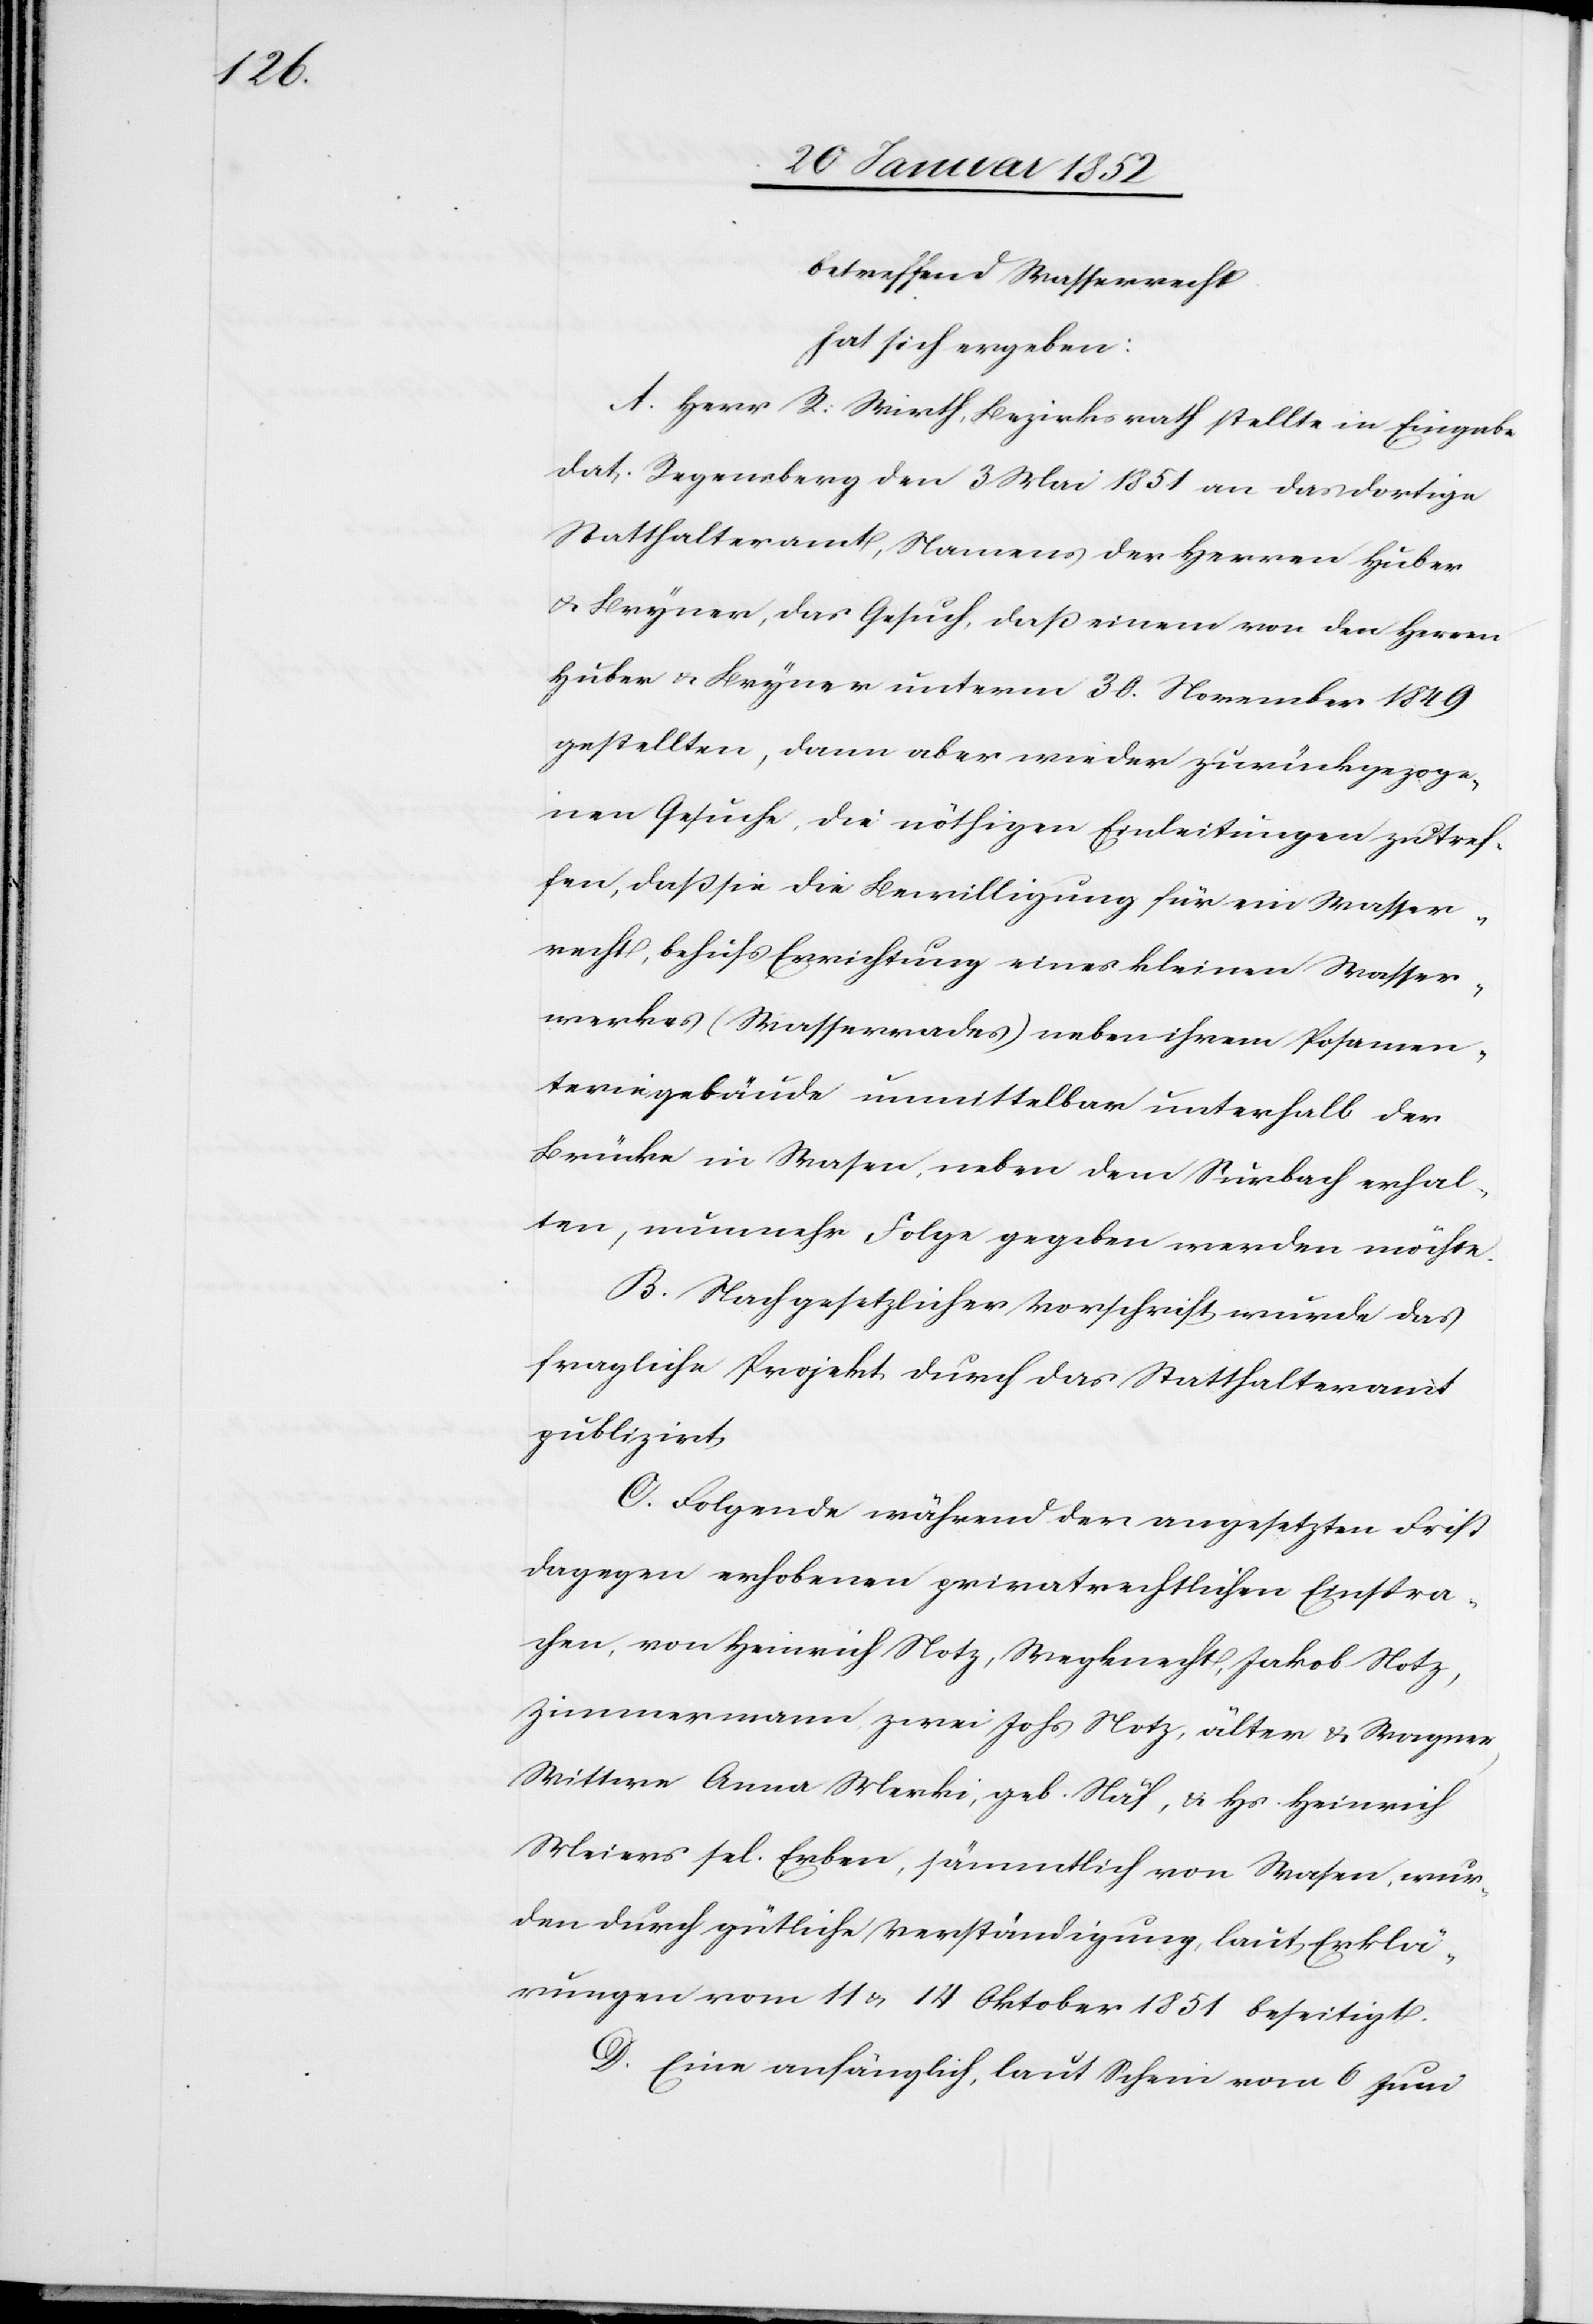
betreffend Wasserrecht
hat sich ergeben:
A. Herr R. Wirth, Bezirksrath stellte in Eingabe
dat. Regensberg den 3 Mai 1851 an das dortige
Statthalteramt, Namens der Herren Huber
u. Bryner, das Gesuch, daß einem von den Herren
Huber u. Bryner unterm 30. November 1849
gestellten, dann aber wieder zurückgezoge¬
nen Gesuche, die nöthigen Einleitungen zu tref¬
fen, daß sie die Bewilligung für ein Wasser¬
recht, behufs Errichtung eines kleinen Wasser¬
werkes (Wasserrades) neben ihrem Posamen¬
teriegebäude unmittelbar unterhalb der
Brücke in Wasen, neben dem Surbbach erhal¬
ten, nunmehr Folge gegeben werden möchte.
B. Nach gesetzlicher Vorschrift wurde das
fragliche Projekt durch das Statthalteramt
publizirt,
C. Folgende während der angesetzten Frist
dagegen erhobenen privatrechtlichen Einspra¬
chen, von Heinrich Notz, Wegknecht, Jakob Notz,
Zimmermann, zwei Johs Notz, älter u. Wagner,
Wittwe Anna Merki, geb. Näf, u. Hs. Heinrich
Meiers sel. Erben, sämmtlich von Wasen, wur¬
den durch gütliche Verständigung laut Erklä¬
rungen vom 11 u. 14 Oktober 1851 beseitigt.
D. Eine anfänglich, laut Schein vom 6 Juni